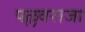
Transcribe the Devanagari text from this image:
पल्लवराजा